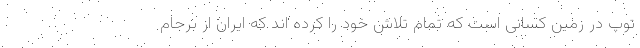
توپ در زمین کسانی است که تمام تلاش خود را کرده اند که ایران از برجام